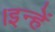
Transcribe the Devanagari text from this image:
।इन्हें